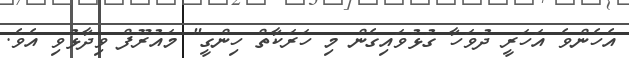
އެހެންވެ އަހަރީ ދުވަހާ ގުޅުވައިގެން މި ހަރަކާތް ހިންގީ" މައުރޫފް ވިދާޅުވި އެވެ.